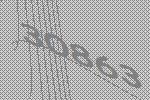
30863